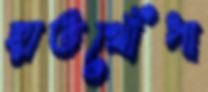
হাতখোঁপা